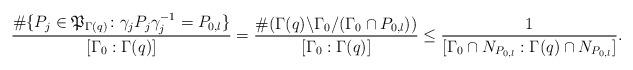
LaTeX: \begin{align*}\frac{\#\{P_j\in\mathfrak{P}_{\Gamma(q)}\colon \gamma_jP_j\gamma_j^{-1}=P_{0,l}\}}{[\Gamma_0:\Gamma(q)]}=\frac{\#(\Gamma(q)\backslash\Gamma_0/(\Gamma_0\cap P_{0,l}))}{[\Gamma_0:\Gamma(q)]}\leq \frac{1}{[\Gamma_0\cap N_{P_{0,l}}:\Gamma(q)\cap N_{P_{0,l}}]}.\end{align*}